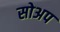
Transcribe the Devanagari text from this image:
सोअप